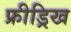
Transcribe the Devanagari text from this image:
फ्रीड्रिख